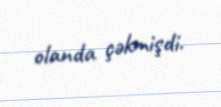
olanda çəkmişdi.